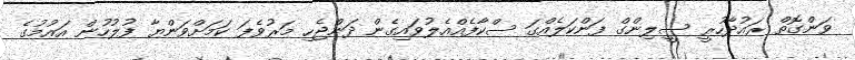
ވަންގޮތް ރައުދާހުރީ ސީލިންގް ފަންކަލެއްގަ ސްކާފެއްއެލުވައިގެން ދަންޖެހި މަރުވެފަ ކަމަށްވަންޔާ ފުލުހުން އައުމުގެ